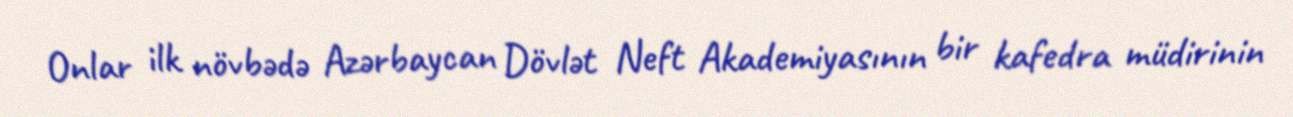
Onlar ilk növbədə Azərbaycan Dövlət Neft Akademiyasının bir kafedra müdirinin